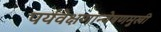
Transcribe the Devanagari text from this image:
पर्यवेक्षणान्वेषणमुखी